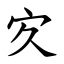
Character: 㝌